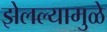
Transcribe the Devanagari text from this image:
झेलल्यामुळे